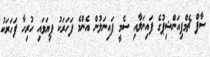
ސާފް ޗެމްޕިއަންޝިޕުގެ ފައިނަލާއި ސެމީ ފައިނަލުން އެންމެ ފަހަރަކު ފިޔަވައި ހުރިހާ ފަހަރަކު